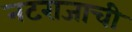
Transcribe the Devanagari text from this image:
नटराजाची